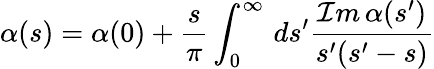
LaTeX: \alpha(s)=\alpha(0)+\frac{s}{\pi}\int_{0}^{\infty}\, ds^{\prime}\frac{{\cal I}m\, \alpha(s^{\prime})}{s^{\prime}(s^{\prime}-s)}